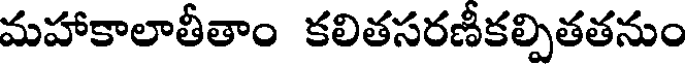
మహాకాలాతీతాం కలితసరణీకల్పితతనుం